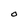
Character: O